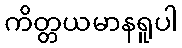
ကိတ္တယမာနရူပါ